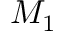
M _ { 1 }